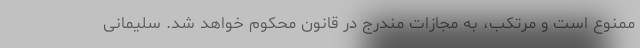
ممنوع است و مرتکب، به مجازات مندرج در قانون محکوم خواهد شد. سلیمانی